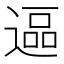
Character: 𮞷